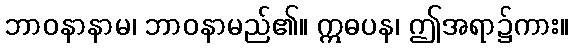
ဘာဝနာနာမ၊ ဘာဝနာမည်၏။ ဣဓပန၊ ဤအရာ၌ကား။